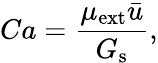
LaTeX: Ca=\frac{\mu_{\mathrm{ext}}\bar{u}}{G_{\mathrm{s}}},